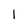
Character: 1